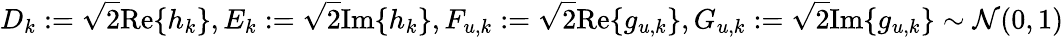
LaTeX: D_{k}\mathrel{\mathop:}=\sqrt{2}\textnormal{Re}\{ h_{k}\} ,E_{k}\mathrel{\mathop:}=\sqrt{2}\textnormal{Im}\{ h_{k}\} ,F_{u,k}\mathrel{\mathop:}=\sqrt{2}\textnormal{Re}\{ g_{u,k}\} ,G_{u,k}\mathrel{\mathop:}=\sqrt{2}\textnormal{Im}\{ g_{u,k}\} \sim\mathcal{N}(0,1)